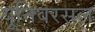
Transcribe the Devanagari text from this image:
यूनिवरसल